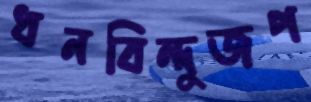
ধনবিন্দুজপ